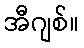
အီဂျစ်။